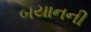
બયાનની